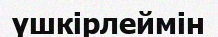
үшкірлеймін